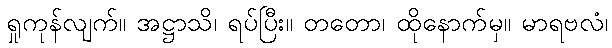
ရှုကုန်လျက်။ အဋ္ဌာသိ၊ ရပ်ပြီး။ တတော၊ ထိုနောက်မှ။ မာရဗလံ၊